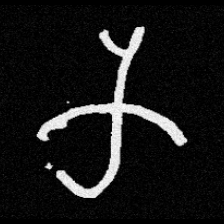
Pyu character \u2014 Myanmar letter: က (romanized: ka)